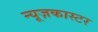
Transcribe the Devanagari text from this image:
न्यूज़कास्टर